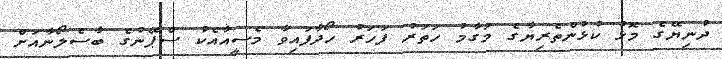
ދުނިޔޭގެ މޮޅު ކުޅުންތެރިޔާގެ މަގާމު ހަތަރު ފަހަރު ހޯދާފައިވާ މެސީއާއެކު ސްޕޭނުގެ ބާސެލޯނާއަށް